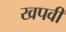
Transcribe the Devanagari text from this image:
खपवी